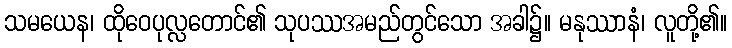
သမယေန၊ ထိုဝေပုလ္လတောင်၏ သုပဿအမည်တွင်သော အခါ၌။ မနုဿာနံ၊ လူတို့၏။